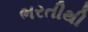
ભરતીથી